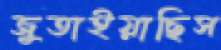
জুতাইয়াছিস